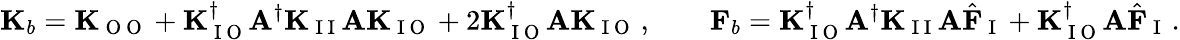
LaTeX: \mathbf{K}_{b}=\mathbf{K}_{\mathrm{~O~O~}}+\mathbf{K}_{\mathrm{~I~O~}}^{\dagger}\mathbf{A}^{\dagger}\mathbf{K}_{\mathrm{~I~I~}}\mathbf{A}\mathbf{K}_{\mathrm{~I~O~}}+2\mathbf{K}_{\mathrm{~I~O~}}^{\dagger}\mathbf{A}\mathbf{K}_{\mathrm{~I~O~}}\, ,\qquad\mathbf{F}_{b}=\mathbf{K}_{\mathrm{~I~O~}}^{\dagger}\mathbf{A}^{\dagger}\mathbf{K}_{\mathrm{~I~I~}}\mathbf{A}\hat{\mathbf{F}}_{\mathrm{~I~}}+\mathbf{K}_{\mathrm{~I~O~}}^{\dagger}\mathbf{A}\hat{\mathbf{F}}_{\mathrm{~I~}}\, .